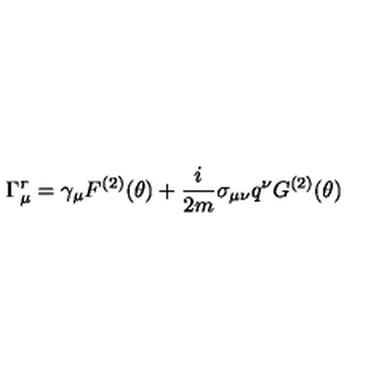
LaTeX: \Gamma _ { \mu } ^ { r } = \gamma _ { \mu } F ^ { ( 2 ) } ( \theta ) + \frac { i } { 2 m } \sigma _ { \mu \nu } q ^ { \nu } G ^ { ( 2 ) } ( \theta )